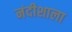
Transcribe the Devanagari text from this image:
नंदीशाला